Indian journal of veterinary science and animal husbandry - Volume 1,
Year: 1931
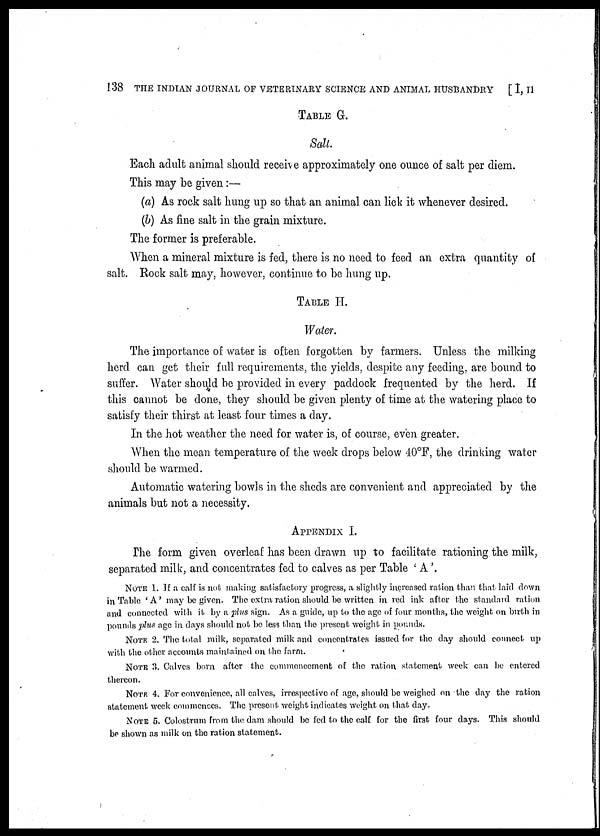
138 THE INDIAN JOURNAL OF VETERINARY SCIENCE AND ANIMAL HUSBANDRY [ I, II
TABLE G.
Salt.
Each adult animal should receive approximately one ounce of salt per diem.
This may be given:—
(a) As rock salt hung up so that an animal can lick it whenever desired.
(b) As fine salt in the grain mixture.
The former is preferable.
When a mineral mixture is fed, there is no need to feed an extra quantity of
salt. Rock salt may, however, continue to be hung up.
TABLE II.
Water.
The importance of water is often forgotten by farmers. Unless the milking
herd can get their full requirements, the yields, despite any feeding, are bound to
suffer. Water should be provided in every paddock frequented by the herd. If
this cannot be done, they should be given plenty of time at the watering place to
satisfy their thirst at least four times a day.
In the hot weather the need for water is, of course, even greater.
When the mean temperature of the week drops below 40°F, the drinking water
should be warmed.
Automatic watering bowls in the sheds are convenient and appreciated by the
animals but not a necessity.
APPENDIX I.
The form given overleaf has been drawn up to facilitate rationing the milk,
separated milk, and concentrates fed to calves as per Table ' A'.
NOTE 1. If a calf is not making satisfactory progress, a slightly increased ration than that laid down
in Table ' A' may be given. The extra ration should be written in red ink after the standard ration
and connected with it by a plus sign. As a guide, up to the age of four months, the weight on birth in
pounds plus age in days should not be less than the present weight in pounds.
NOTE 2. The total milk, separated milk and concentrates issued for the day should connect up
with the other accounts maintained on the farm.
NOTE 3. Calves born after the commencement of the ration statement week can be entered
thereon.
NOTE 4. For convenience, all calves, irrespective of age, should be weighed on the day the ration
statement week commences. The present weight indicates weight on that day.
NOTE 5. Colostrum from the dam should be fed to the calf for the first four days. This should
be shown as milk on the ration statement.